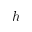
h